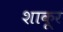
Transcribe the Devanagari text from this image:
शाकूर